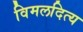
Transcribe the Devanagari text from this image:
विमलदित्य